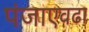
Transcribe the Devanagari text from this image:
पंजाएवढा